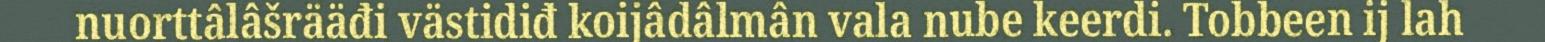
nuorttâlâšrääđi västidiđ koijâdâlmân vala nube keerdi. Tobbeen ij lah